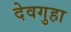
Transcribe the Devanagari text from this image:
देवगुहा